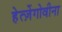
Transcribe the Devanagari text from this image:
हेर्त्ज़ेगोवीना